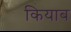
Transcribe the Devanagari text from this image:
कियाब